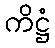
ကိဋ္ဌံ